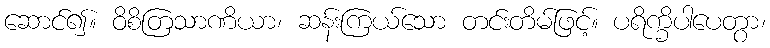
ဆောင်၍။ ဝိစိတြသာဏိယာ၊ ဆန်းကြယ်သော တင်းတိမ်ဖြင့်။ ပရိက္ခိပါပေတွာ၊